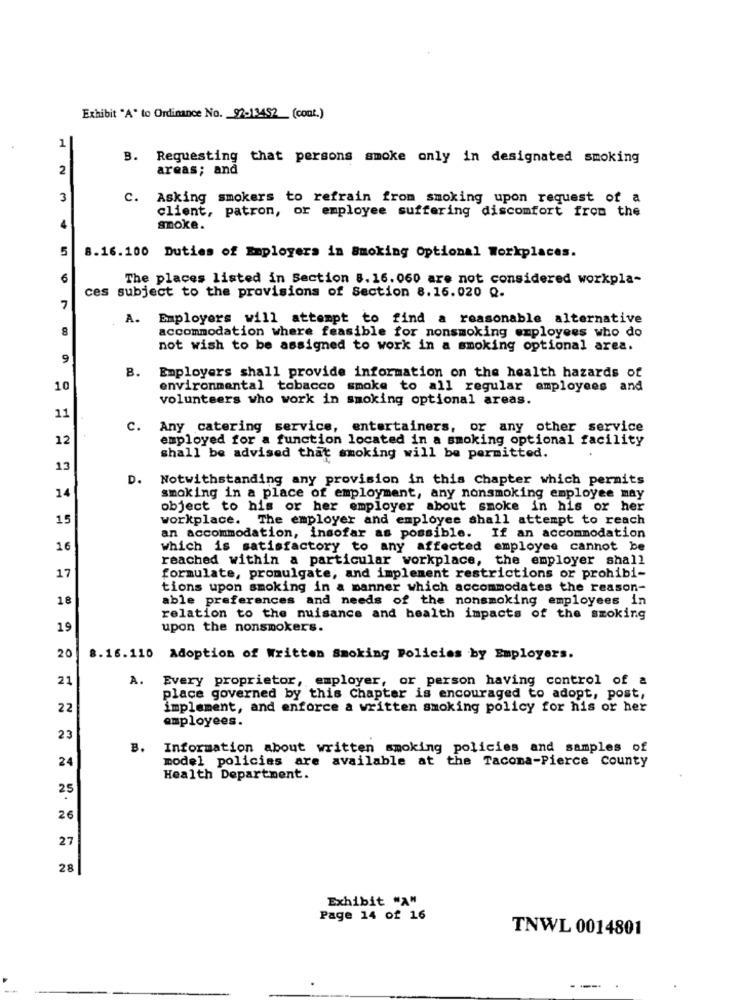
Exhibit "A" to Ordinance No. 97-13452 (cont.)
1
B. Requesting that persons smoke only in designated smoking
2
areas; and
3
c.
Asking smokers to refrain from smoking upon request of a
client, patron, or employee suffering discomfort from the
4
smoke.
5
8.16.100 Duties of Employers in Smoking Optional Workplaces.
6
The places listed in Section 8.16.060 are not considered workpla-
ces subject to the provisions of Section 8.16.020 Q.
7
A.
Employers will attempt to find a reasonable alternative
8
accommodation where feasible for nonsmoking employees who do
not wish to be assigned to work in a smoking optional area.
9
B.
Employers shall provide information on the health hazards of
10
environmental tobacco smoke to all regular employees and
volunteers who work in smoking optional areas.
11
c.
Any catering service, entertainers, or any other service
12
employed for a function located in a smoking optional facility
shall be advised that smoking will be permitted.
13
D.
Notwithstanding any provision in this Chapter which permits
14
smoking in a place of employment, any nonsmoking employee may
object to his or her employer about smoke in his or her
15
workplace. The employer and employee shall attempt to reach
an accommodation, insofar as possible. If an accommodation
16
which is satisfactory to any affected employee cannot be
reached within a particular workplace, the employer shall
17
formulate, promulgate, and implement restrictions or prohibi-
tions upon smoking in a manner which accommodates the reason-
18
able preferences and needs of the nonsmoking employees in
relation to the nuisance and health impacts of the smoking
19
upon the nonsmokers.
20
8.16.110 Adoption of Written Smoking Policies by Employers.
21
A.
Every proprietor, employer, or person having control of a
place governed by this Chapter is encouraged to adopt, post,
22
implement, and enforce a written smoking policy for his or her
employees.
23
B. Information about written smoking policies and samples of
24
model policies are available at the Tacoma-Pierce County
Health Department.
25
26
27
28
Exhibit "A"
Page 14 of 16
TNWL 0014801
--.